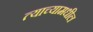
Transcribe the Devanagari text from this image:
त्याच्यामधील